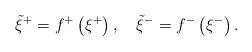
LaTeX: \begin{align*}\tilde \xi ^{+}=f^{+}\left( \xi ^{+}\right) ,\quad \tilde \xi^{-}=f^{-}\left( \xi ^{-}\right) . \end{align*}